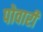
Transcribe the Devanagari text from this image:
पोवारी